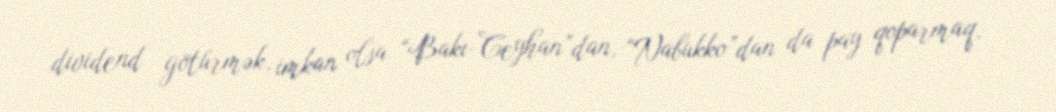
dividend götürmək, imkan olsa “Bakı-Ceyhan”dan, “Nabukko”dan da pay qoparmaq,